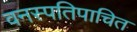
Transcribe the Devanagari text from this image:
वनस्पतिपाचित